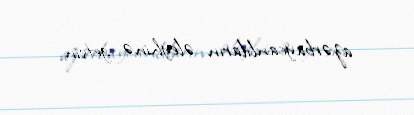
azərbaycanlıların əleyhinə getsin.